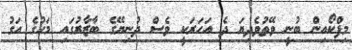
މިފްކޯއިން ބުނީ ވޭތުވެދިޔަ ދެ އަހަރަކީ ވެސް ދުނިޔޭގެ ބާޒާރުގައި މަހުގެ އަގު